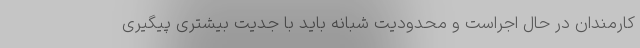
کارمندان در حال اجراست و محدودیت شبانه باید با جدیت بیشتری پیگیری